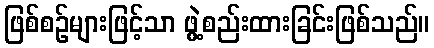
ဖြစ်စဉ်များဖြင့်သာ ဖွဲ့စည်းထားခြင်းဖြစ်သည်။